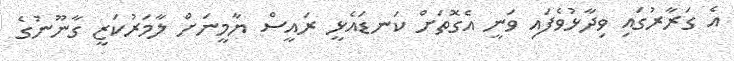
އެ ގަރާރުގައި ވިދާޅުވެފައި ވަނީ އެގޮތަށް ކަނޑައެޅީ ރައީސް ޔާމީނަށް ލާމަރުކަޒީ ގާނޫނުގެ